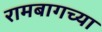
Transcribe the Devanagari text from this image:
रामबागच्या